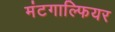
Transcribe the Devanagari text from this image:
मंटगाल्फियर